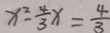
x ^ { 2 } - \frac { 4 } { 3 } x = \frac { 4 } { 3 }